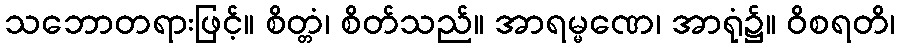
သဘောတရားဖြင့်။ စိတ္တံ၊ စိတ်သည်။ အာရမ္မဏေ၊ အာရုံ၌။ ဝိစရတိ၊